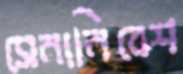
সেনানিবেশ